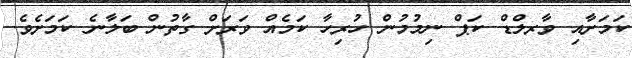
ކަމަށާއި ވާރލްޑް ކަޕް ނިމުމުން ހުރިހާ ކަމެއް ވަރަށް ގާތުން ބަލާނެ ކަމަށެވެ.